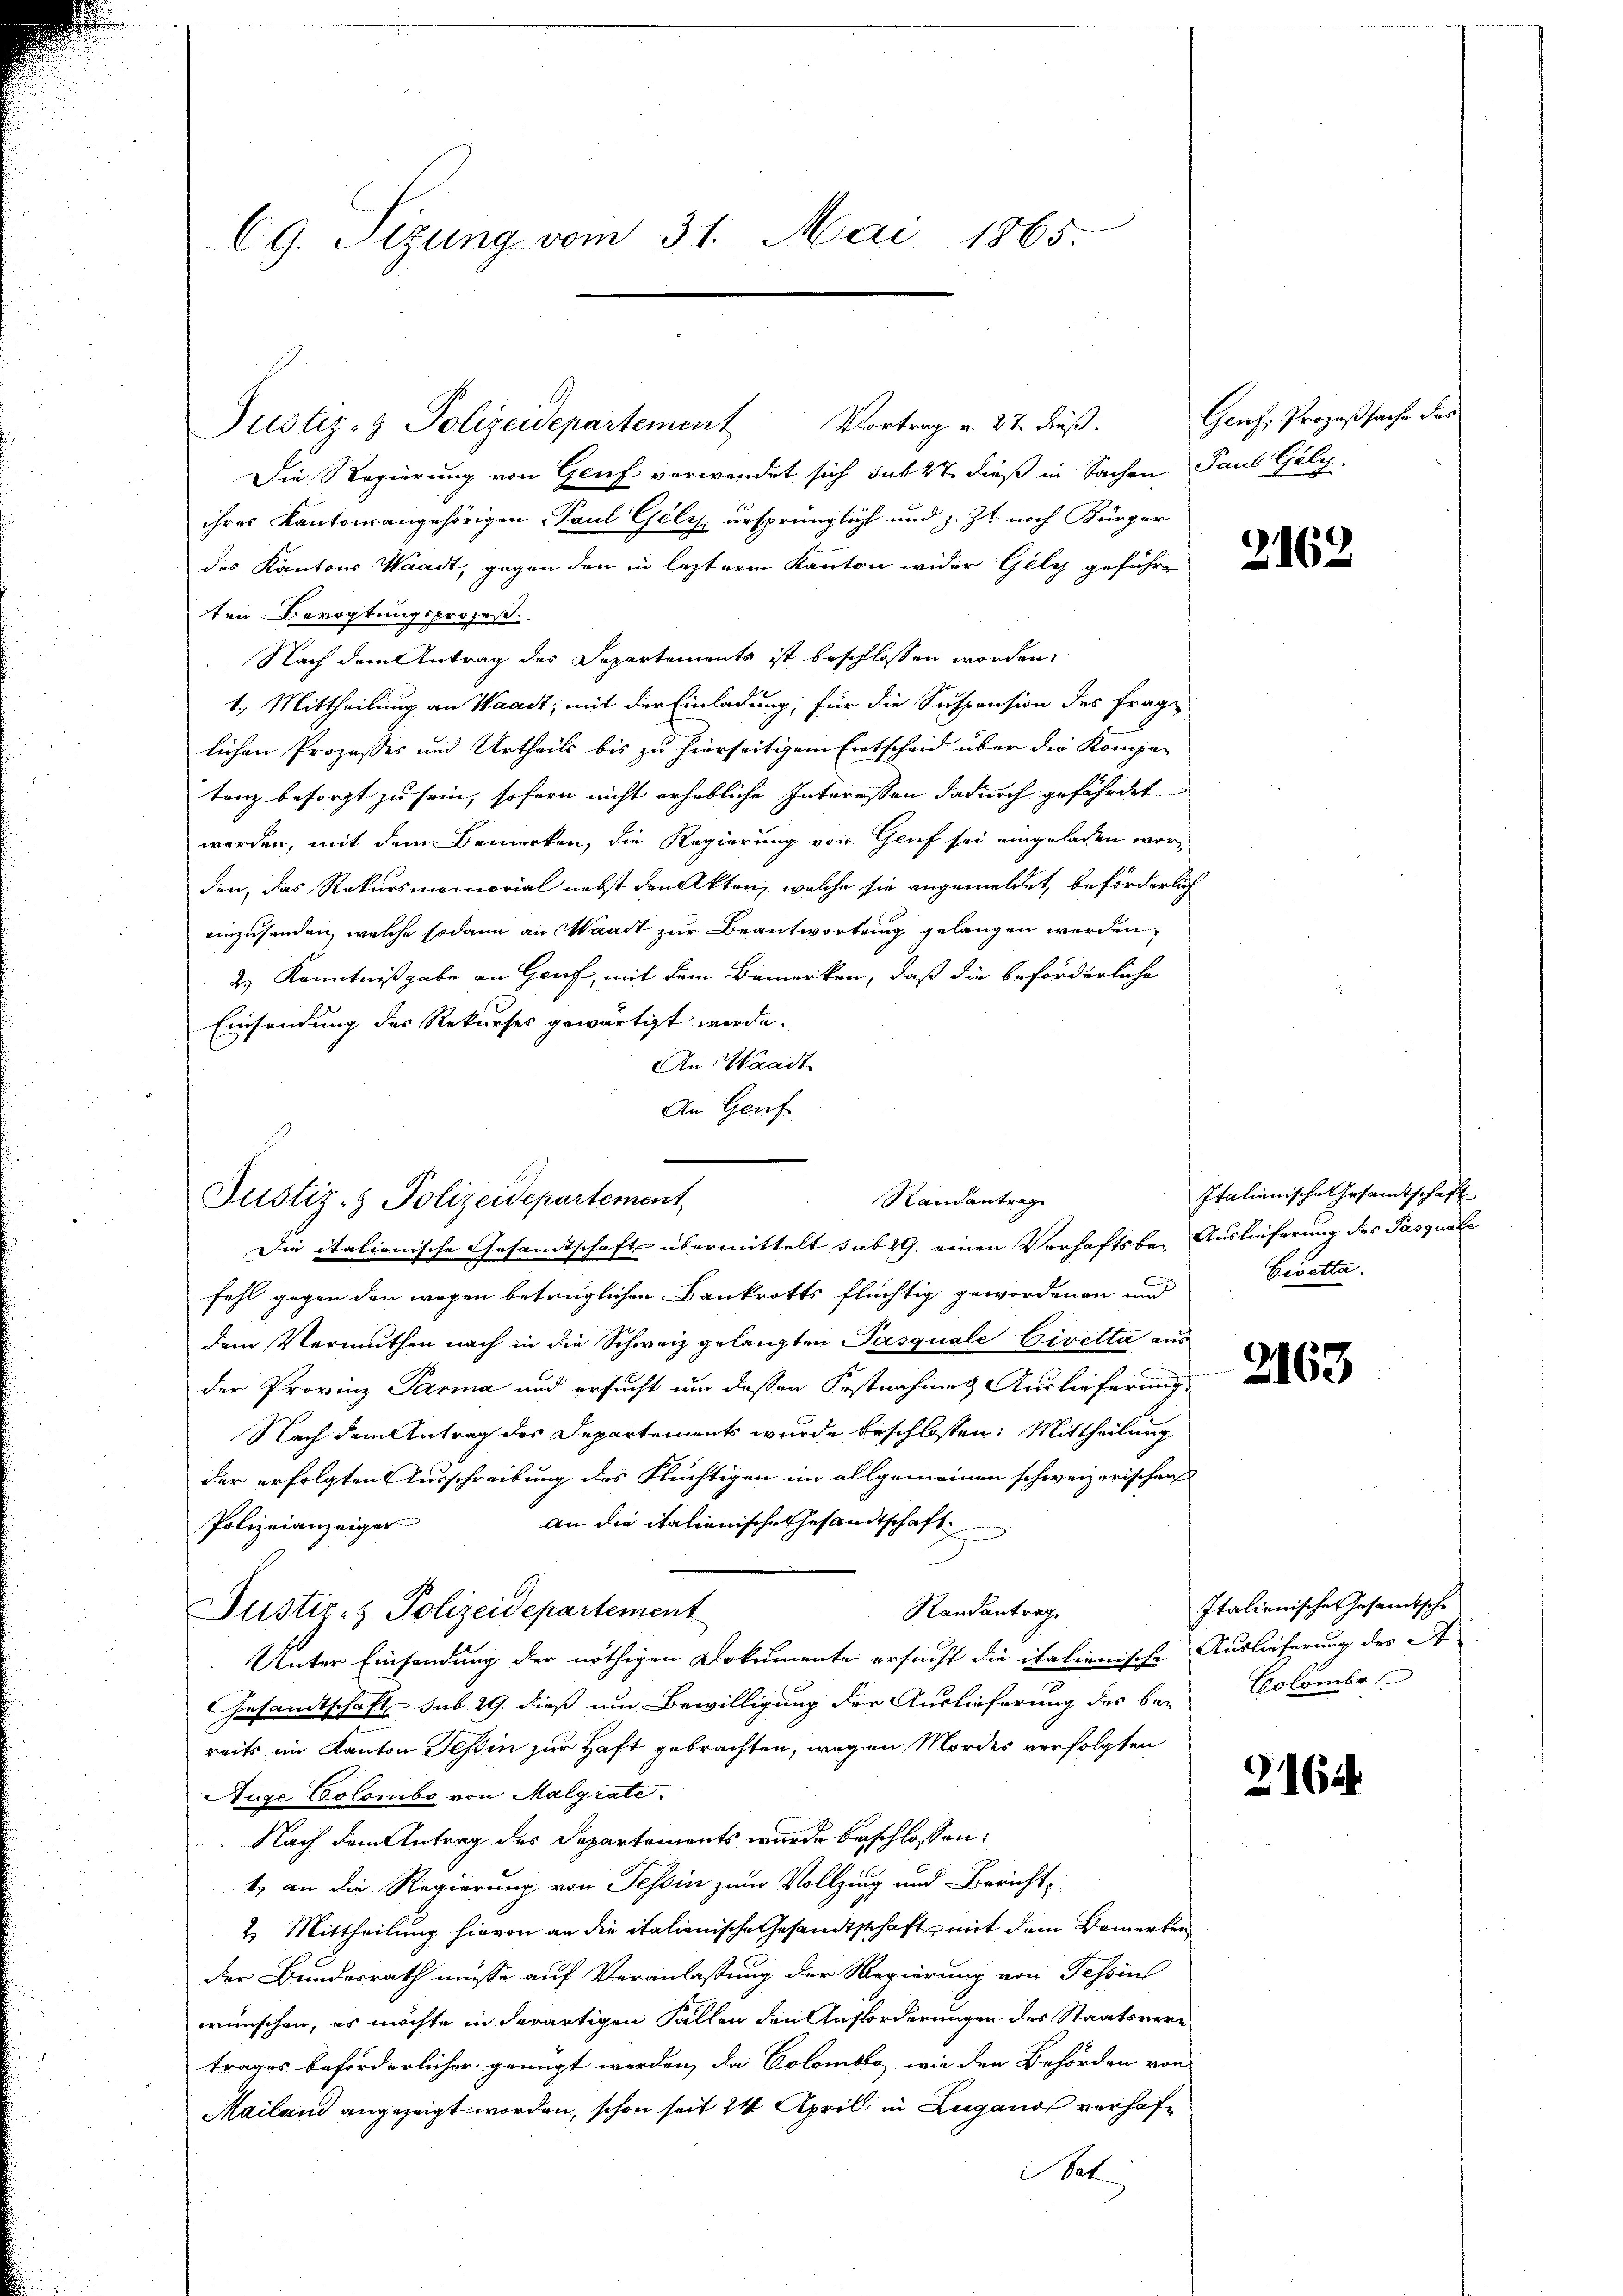
C9. Sizung vom 31. Mai 1865.

Die Regierung von Genf verwendet sich sub 27. dieß in Sachen Paul Gely,
ihres Kantonsangehörigen Paul Gelis ursprünglich und z. Zt. noch Bürger
des Kantons Waadt, gegen den in lezterm Kanton wider Gely geführten Bevogtungsprozeß
Nach dem Antrag des Departements ist beschlossen worden.
1. Mittheilung an Waadt, mit der Einladung, für die Suspension des Frage
lichen Prozesses und Urtheils bis zu hierseitigem Entscheid über die Kompar
tanz besorgt zu sein, sofern nicht erhebliche Interessen dadurch gefährdet
werden, mit dem Bemerken, die Regierung von Genf sei eingeladen worden, das Rekursmemorial nebst den Akten, welche sie angemeldet, beförderlich
einzusenden, welche sodann an Waadt zur Beantwortung gelangen werden,
2.) Kenntnißgabe an Genf, mit dem Bemerken, daß die beförderliche
Einsendung des Rekurses gewärtigt werde.
An Waadt
An Genf

Justiz- & Polizeidepartement

Justiz- & Polizeidepartement
Randantrag
Die italionische Gesamtschaft übermittelt sub 29. einen Verhaftsbei Auslieferung des Pasquale

Justiz- & Polizeidepartement

Vortrag v. 27 dieß.

Genf, Prozeßsache der

fehl gegen den wegen betrüglichen Bankrotts flüchtig gewordenen und
dem Vermuthen nach in die Schweiz gelangten Pasquale Civetta aus
der Provinz Parma und ersucht und deßen Festnahmes Auslieferung
Nach dem Antrag des Departements wurde beschlossen: Mittheilung
der erfolgten Ausschreibung des Flüchtigen im allgemeinen schweizerischen
an die italienische Gesandtschaft
Polizeianzeiger
Randantrag
Unter Einsendung der nöthigen Dokumente ersucht die italienische Auslieferung des
Gesandtschaft sub 29. dieß um Bewilligung der Auslieferung des bey Colombo
reits im Kanton Teßin zur Haft gebrachten, wegen Mordes verfolgten
Auge Colombe von Malgrate.
 Nach dem Antrag des Departements wurde beschlossen:
1.) an die Regierung von Tessin zum Vollzing und Bericht,
2. Mittheilung hievon an die italienische Gesamtschaft, mit dem Bemerken
der Bundesrath müsse auf Veranlassung der Regierung von Tessin
wünschen, es möchte in derartigen Fällen den Aufforderungen des Staatsvere
trages beförderlicher genügt werden, da Colombro wie den Behörden von
Mailand angezeigt worden, schon seit 24 April, in Lugano verhaftat

2162

Italienische Gesamtschaft
Civetta.

2163

Italienische Gesandtsche

21644.